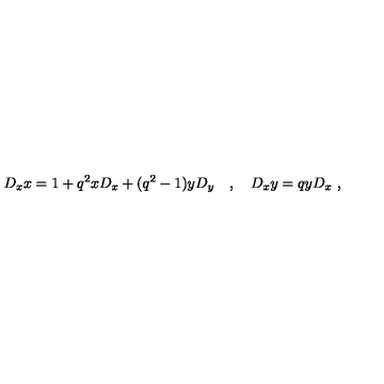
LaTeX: D _ { x } x = 1 + q ^ { 2 } x D _ { x } + ( q ^ { 2 } - 1 ) y D _ { y } \quad , \quad D _ { x } y = q y D _ { x } \ ,